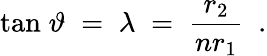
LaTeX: \mathrm{tan}\; \vartheta\; =\; \lambda\; =\; {\frac{r_{2}}{nr_{1}}}\ \; .